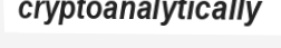
cryptoanalytically